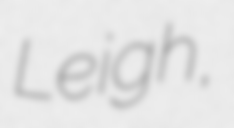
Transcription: Leigh,